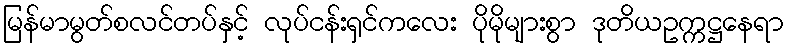
မြန်မာမွတ်စလင်တပ်နှင့် လုပ်ငန်းရှင်ကလေး ပိုမိုများစွာ ဒုတိယဥက္ကဋ္ဌနေရာ